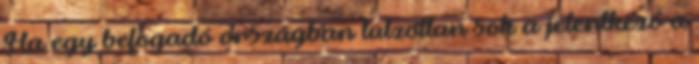
Ha egy befogadó országban túlzottan sok a jelentkező a